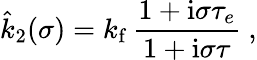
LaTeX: \hat{k}_{2}(\sigma)=k_{\mathrm{f}}\, \frac{1+\mathrm{i}\sigma\tau_{e}}{1+\mathrm{i}\sigma\tau}\ ,